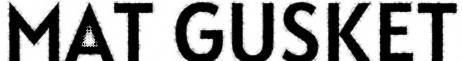
MAT GUSKET